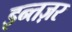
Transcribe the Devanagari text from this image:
इन्तज़र